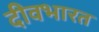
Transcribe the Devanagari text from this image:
दीवभारत